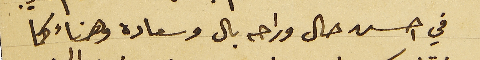
في احسن حال وراحه بال وسعاده وهناء كما